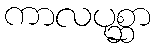
ကာလပုစ္ဆာ